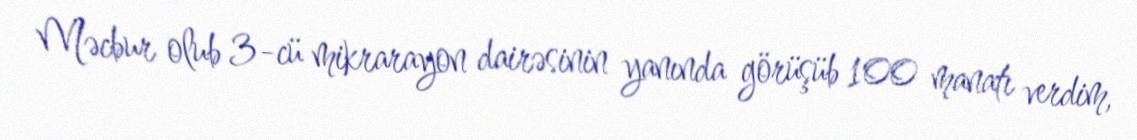
Məcbur olub 3-cü mikrarayon dairəsinin yanında görüşüb 100 manatı verdim,